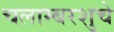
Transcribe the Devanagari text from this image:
चलाम्बरशुचे